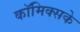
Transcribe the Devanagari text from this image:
कॉमिक्सके